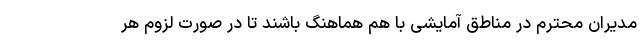
مدیران محترم در مناطق آمایشی با هم هماهنگ باشند تا در صورت لزوم هر